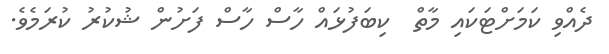
ދެއްވި ކަމަށްޓަކައި މާތް  ކިބަފުޅައް ހާސް ހާސް ފަށުން ޝުކުރު ކުރަމެވެ.